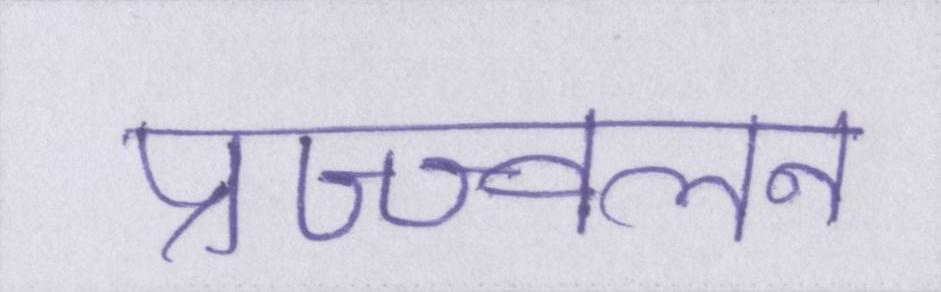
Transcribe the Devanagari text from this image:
प्रज्ज्वलन